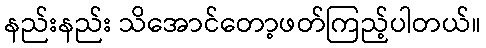
နည်းနည်း သိအောင်တော့ဖတ်ကြည့်ပါတယ်။